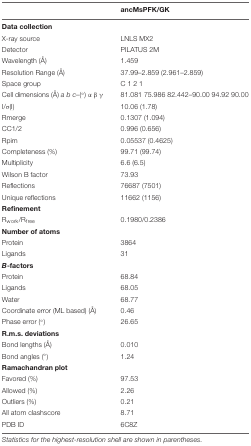
|  | ancMsPFK/GK |
 | --- | --- |
 | <COLSPAN=2> Data collection |
 | X-ray source | LNLS MX2 |
 | Detector | PILATUS 2M |
 | Wavelength (Å) | 1.459 |
 | Resolution Range (Å) | 37.99–2.859 (2.961–2.859) |
 | Space group | C 1 2 1 |
 | Cell dimensions (Å) a b c–(°) α β γ | 81.081 75.986 82.442–90.00 94.92 90.00 |
 | I/σ(I) | 10.06 (1.78) |
 | Rmerge | 0.1307 (1.094) |
 | CC1/2 | 0.996 (0.656) |
 | Rpim | 0.05537 (0.4625) |
 | Completeness (%) | 99.71 (99.74) |
 | Multiplicity | 6.6 (6.5) |
 | Wilson B factor | 73.93 |
 | Reflections | 76687 (7501) |
 | Unique reflections | 11662 (1156) |
 | <COLSPAN=2> Refinement |
 | Rwork/Rfree | 0.1980/0.2386 |
 | <COLSPAN=2> Number of atoms |
 | Protein | 3864 |
 | Ligands | 31 |
 | <COLSPAN=2> B-factors |
 | Protein | 68.84 |
 | Ligands | 68.05 |
 | Water | 68.77 |
 | Coordinate error (ML based) (Å) | 0.46 |
 | Phase error (°) | 26.65 |
 | <COLSPAN=2> R.m.s. deviations |
 | Bond lengths (Å) | 0.010 |
 | Bond angles (°) | 1.24 |
 | <COLSPAN=2> Ramachandran plot |
 | Favored (%) | 97.53 |
 | Allowed (%) | 2.26 |
 | Outliers (%) | 0.21 |
 | All atom clashscore | 8.71 |
 | PDB ID | 6C8Z |